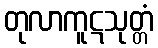
တုလာကူဋသုတ္တံ